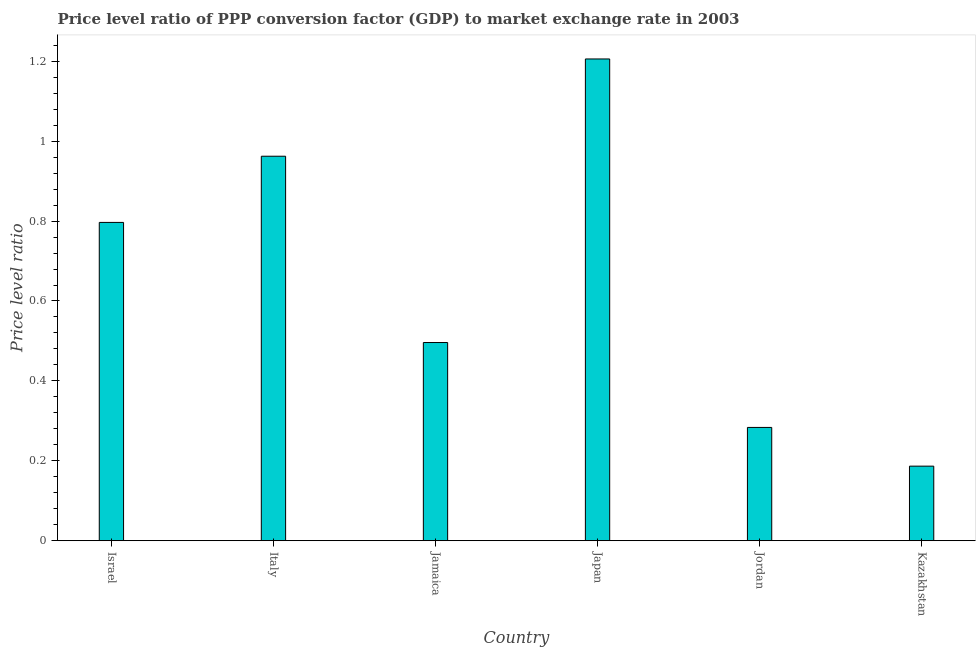
| Country | Price level ratio |
 | --- | --- |
 | Israel | 0.797 |
 | Italy | 0.962 |
 | Jamaica | 0.496 |
 | Japan | 1.21 |
 | Jordan | 0.284 |
 | Kazakhstan | 0.187 |